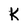
Character: K